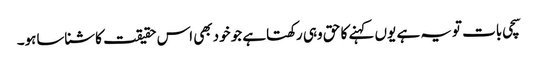
سچی بات تویہ ہے یوں کہنے کا حق وہی رکھتاہے جو خودبھی اس حقیقت کاشناساہو۔